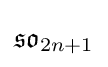
{\mathfrak {so}}_{2n+1}